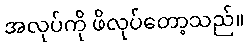
အလုပ်ကို ဖိလုပ်တော့သည်။